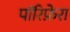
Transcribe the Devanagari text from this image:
पॉरिफ़ेरा